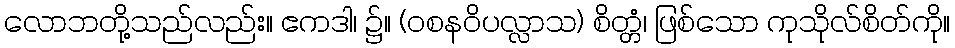
လောဘတို့သည်လည်း။ ဧကဒါ၊ ၌။ (ဝစနဝိပလ္လာသ) စိတ္တံ၊ ဖြစ်သော ကုသိုလ်စိတ်ကို။